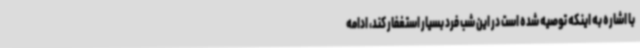
با اشاره به اینکه توصیه شده است در این شب فرد بسیار استغفار کند، ادامه